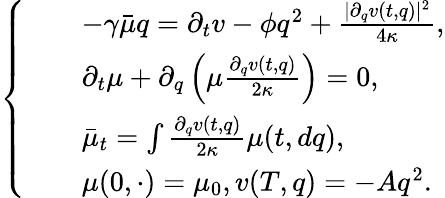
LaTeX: \left\{ \begin{array}{rl}&{\quad-\gamma\bar{\mu}q=\partial_{t}v-\phi q^{2}+\frac{|\partial_{q}v(t,q)|^{2}}{4\kappa},}\\ &{\quad\partial_{t}\mu+\partial_{q}\left(\mu\frac{\partial_{q}v(t,q)}{2\kappa}\right)=0,}\\ &{\quad\bar{\mu}_{t}=\int\frac{\partial_{q}v(t,q)}{2\kappa}\mu(t,dq),}\\ &{\quad\mu(0,\cdot)=\mu_{0},v(T,q)=-Aq^{2}.}\end{array}\right.